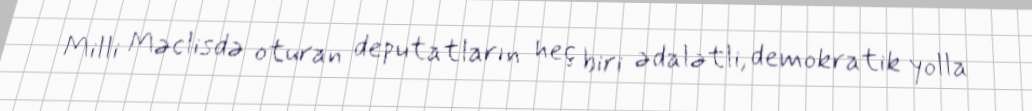
Milli Məclisdə oturan deputatların heç biri ədalətli, demokratik yolla